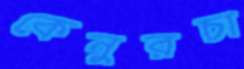
কেনুরচা